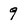
Character: 9